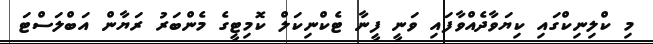
މި ކްލިނިކްގައި ކިޔަވާދެއްވާފައި ވަނީ ފީނާ ޓެކްނިކަލް ކޮމިޓީގެ މެންބަރު ރަޔާން އަބްލަސްޓަ